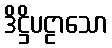
ဒိဋ္ဌိပဠာသော